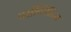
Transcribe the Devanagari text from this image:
परॉक्सिडेज